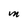
Character: M